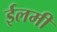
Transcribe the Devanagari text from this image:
ईलमी